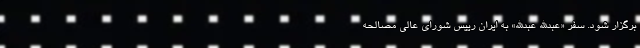
برگزار شود. سفر «عبدالله عبدالله» به ایران رییس شورای عالی مصالحه